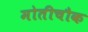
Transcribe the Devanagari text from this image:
मोतीचौक